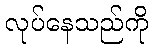
လုပ်နေသည်ကို